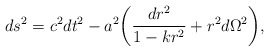
\begin{align*}ds^2=c^2dt^2-a^2\biggl(\frac{dr^2}{1-kr^2}+r^2d\Omega^2\biggr),\end{align*}